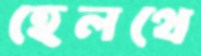
হেলথে